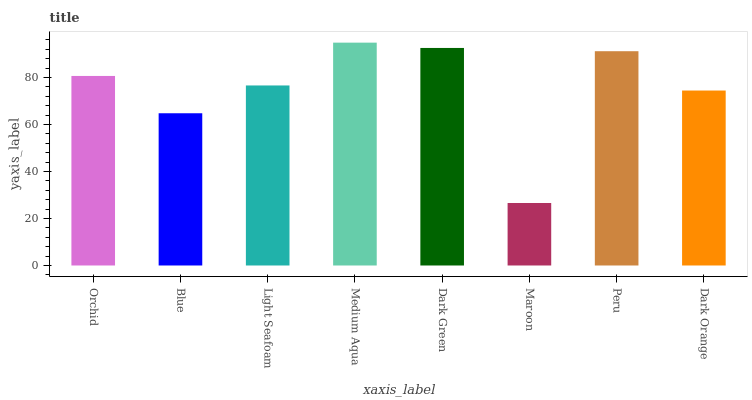
| xaxis_label | bars |
 | --- | --- |
 | Orchid | 80.6 |
 | Blue | 64.8 |
 | Light Seafoam | 76.6 |
 | Medium Aqua | 94.8 |
 | Dark Green | 92.6 |
 | Maroon | 26.6 |
 | Peru | 91.2 |
 | Dark Orange | 74.4 |